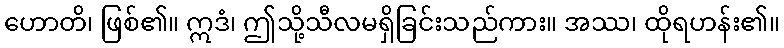
ဟောတိ၊ ဖြစ်၏။ ဣဒံ၊ ဤသို့သီလမရှိခြင်းသည်ကား။ အဿ၊ ထိုရဟန်း၏။